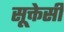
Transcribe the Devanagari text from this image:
सूक्तेसी